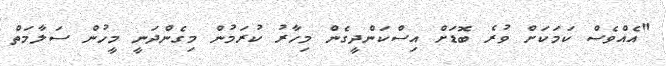
"އެއްވެސް ކަމަކަށް ވުރެ ބޮޑަށް އިސްކަންދީގެން މިހާރު ކުރަމުން މިގެންދަނީ މީހުން ސަލާމަތް